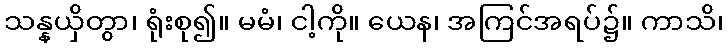
သန္နယှိတွာ၊ ရုံးစု၍။ မမံ၊ ငါ့ကို။ ယေန၊ အကြင်အရပ်၌။ ကာသိ၊